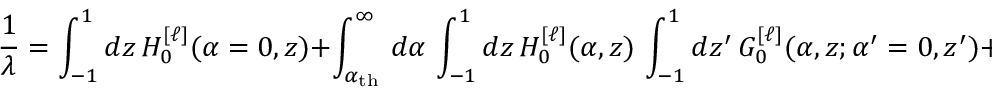
{ \frac { 1 } { \lambda } } = \int _ { - 1 } ^ { 1 } d z \, { \cal H } _ { 0 } ^ { [ \ell ] } ( \alpha = 0 , z ) + \int _ { \alpha _ { \mathrm { t h } } } ^ { \infty } \, d \alpha \, \int _ { - 1 } ^ { 1 } d z \, { \cal H } _ { 0 } ^ { [ \ell ] } ( \alpha , z ) \, \int _ { - 1 } ^ { 1 } d z ^ { \prime } \, { \cal G } _ { 0 } ^ { [ \ell ] } ( \alpha , z ; \alpha ^ { \prime } = 0 , z ^ { \prime } ) + \cdots \; ,